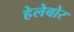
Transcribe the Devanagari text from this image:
हेलेबोर